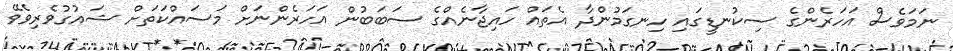
ނަމަވެސް އަހަރެންގެ ސިކުނޑީގައި ހިނގަމުންދާ އެތައް ހައިޖާނެއްގެ ސަބަބުން އަހަރެންނަށް މަސައްކަތަށް ޝައުގުވެރިވެވޭ